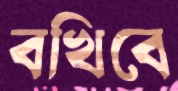
বখিবে